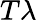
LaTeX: T\lambda